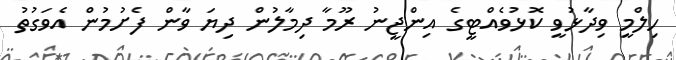
ހިލްމީ ވިދާޅުވީ ކޮޅުވެއްޓީގެ އިންޖީނު ރޫމާ ދިމާލުން ދިޔަ ވާން ފެށުމުން އެވަގުތު